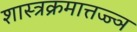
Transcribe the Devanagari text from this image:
शास्त्रक्रमात्तज्ज्ञ